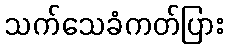
သက်သေခံကတ်ပြား